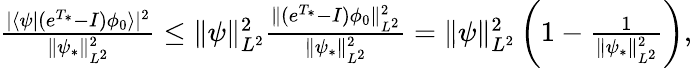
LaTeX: \begin{array}{r}{\frac{\vert\langle\psi|(e^{T_{*}}-I)\phi_{0}\rangle\vert^{2}}{\Vert\psi_{*}\Vert_{L^{2}}^{2}}\leq\Vert\psi\Vert_{L^{2}}^{2}\frac{\Vert(e^{T_{*}}-I)\phi_{0}\Vert_{L^{2}}^{2}}{\Vert\psi_{*}\Vert_{L^{2}}^{2}}=\Vert\psi\Vert_{L^{2}}^{2}\left(1-\frac{1}{\Vert\psi_{*}\Vert_{L^{2}}^{2}}\right),}\end{array}